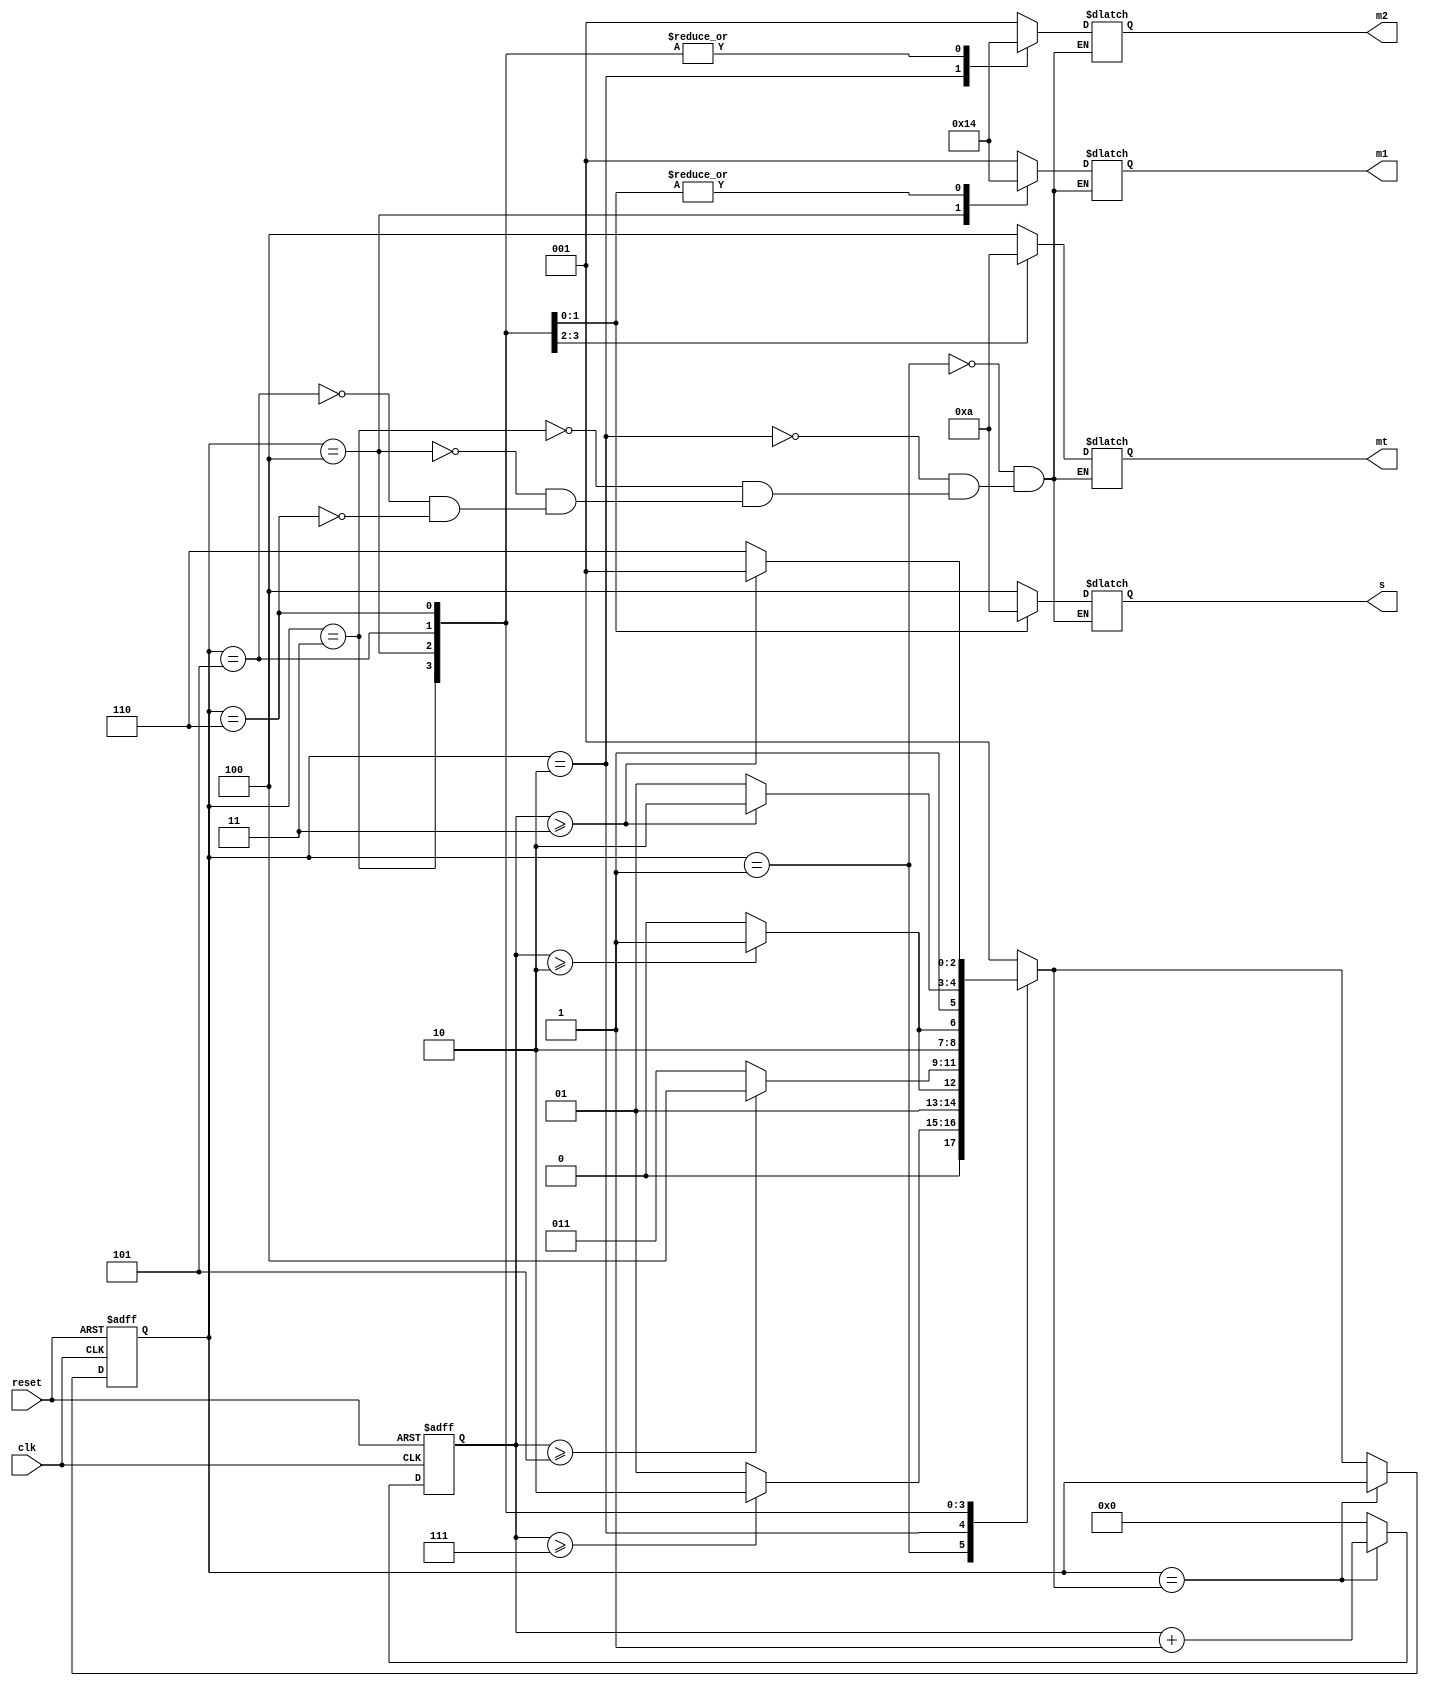
`timescale 1ns / 1ps
module traffic_light(
    input reset,input clk,output reg[2:0]m1,output reg[2:0]m2,
    output reg[2:0]mt,output reg [2:0]s

);
    parameter a=1,b=2,c=3,d=4,e=5,f=6;
    reg[2:0]next ,state;
    reg[3:0]count;
    parameter sec1=7,sec2=2,sec3=5,sec4=3;

    
       
       initial begin
       state<=0;
    end
       
    always@(posedge clk or posedge reset)begin
        if(reset)begin
            count<=0;
            state<=a;
        end
        else begin
            if(state==next)
                count<=count+1;
            else begin
                count<=0;
                state<=next;
            end

        end
    end

    always@(*)begin 
        case(state)
            a:begin
                if(count>=sec1)
                    next<=b;
                else
                    next<=a;
            end
            b:begin
                if(count>=sec2)
                    next<=c;
                else
                    next<=b;
            end
            c:begin
                if(count>=sec3)
                    next<=d;
                else
                    next<=c;
            end
            d:begin
                if(count>=sec2)
                    next<=e;
                else
                    next<=d;
            end
            e:begin
                if(count>=sec4)
                    next<=f;
                else
                    next<=e;
            end
            f:begin
                if(count>=sec4)
                    next<=a;
                else
                    next<=f;
            end
            default:
                next<=a;

        endcase
    end

    always@(state)begin
        case(state)
            a: begin // red ,yellow ,green
                m1=3'b001; // main road
                m2=3'b001; // second road + turn from there
                mt=3'b100; // turn from main road
                s=3'b100; // skide turn from the main road
            end
            b: begin
                m1=3'b001;
                m2=3'b010;
                mt=3'b100;
                s=3'b100;
            end
            c: begin
                m1=3'b001;
                m2=3'b100;
                mt=3'b001;
                s=3'b100;
            end
            d: begin
                m1=3'b010;
                m2=3'b100;
                mt=3'b010;
                s=3'b100;
            end
            e: begin
                m1=3'b100;
                m2=3'b100;
                mt=3'b100;
                s=3'b001;
            end
            f: begin
                m1=3'b100;
                m2=3'b100;
                mt=3'b100;
                s=3'b010;
            end
          
            
        endcase
    end


endmodule